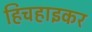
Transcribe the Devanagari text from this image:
हिचहाइकर